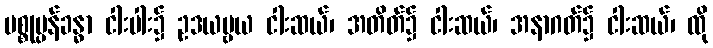
ပစ္စုပ္ပန်ခန္ဓာ ငါးပါး၌ ဥဒယဗ္ဗယ ငါးဆယ်၊ အတိတ်၌ ငါးဆယ်၊ အနာဂတ်၌ ငါးဆယ်၊ ထို